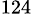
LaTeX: ^\mathrm{124}